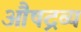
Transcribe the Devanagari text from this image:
औषद्रव्य